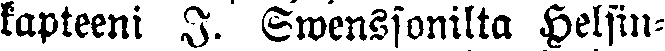
kapteeni I. Swenssonilta Helsin-